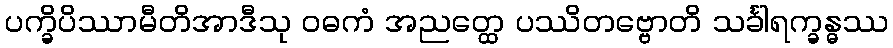
ပက္ခိပိဿာမီတိအာဒီသု ဝဓကံ အညတ္ထေ ပဿိတဗ္ဗောတိ သင်္ခါရက္ခန္ဓဿ